Notes on vaccination in the North-West Frontier Province 1923-1928 - 1923-1928
Year: 1923
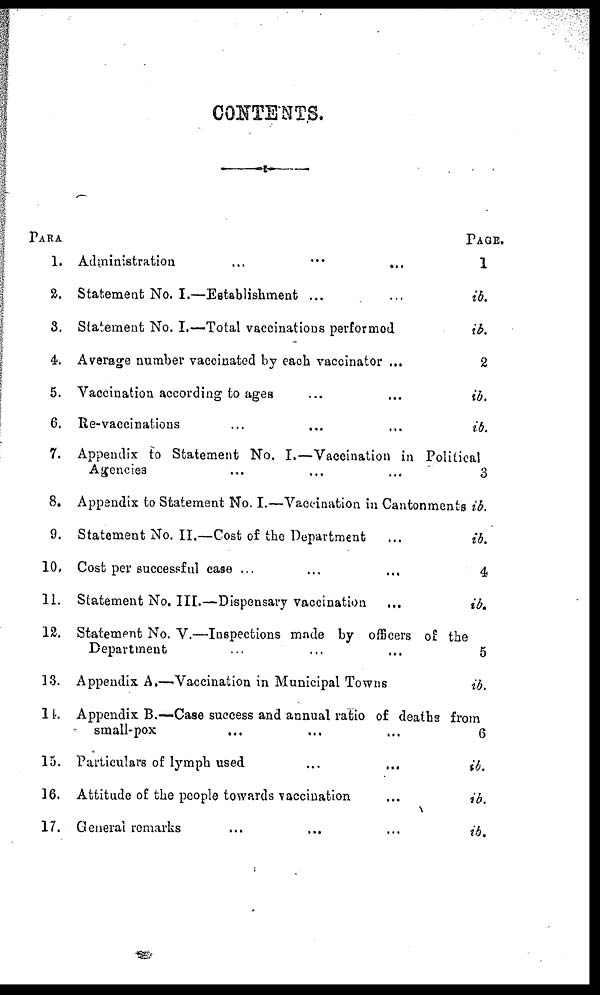
CONTENTS.
PARA
1.
2.
3.
4.
5.
6.
7.
8.
9.
10.
11.
12.
13.
14.
15.
16.
17.
Administration
...
...
...
Statement No. I.—Establishment ... ...
Statement No. I.—Total vaccinations performed
Average number vaccinated by each vaccinator ...
Vaccination according to ages ... ...
Re-vaccinations ... ... ...
Appendix to Statement No. I.—Vaccination in Political
Agencies ... ... ...
Appendix to Statement No. I.—Vaccination in Cantonments
Statement No. II.—Cost of the Department ...
Cost per successful case ... ... ...
Statement No. III.—Dispensary vaccination ...
Statement No. V.—Inspections made by officers of the
Department ... ... ...
Appendix A.—Vaccination in Municipal Towns
Appendix B.—Case success and annual ratio of deaths from
small-pox ... ... ...
Particulars of lymph used ... ... ...
Attitude of the people towards vaccination ...
General remarks ... ... ...
PAGE.
1
ib.
id.
2
ib.
ib.
3
ib.
ib.
4
ib.
5
ib.
6
ib.
ib.
ib.